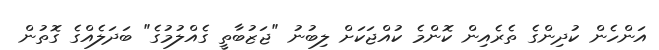
އަންހެން ކުދިންގެ ތެރެއިން ކޮންމެ ކުއްޖަކަށް ލިބުނު "ޖަޒުބާތީ ގެއްލުމުގެ" ބަދަލެއްގެ ގޮތުން